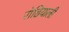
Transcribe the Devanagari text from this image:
रोढियाली